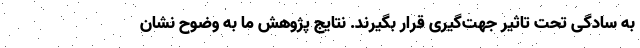
به سادگی تحت تاثیر جهت‌گیری قرار بگیرند. نتایج پژوهش ما به وضوح نشان